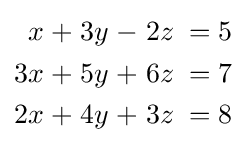
{\begin{alignedat}{7}x&\;+&\;3y&\;-&\;2z&\;=&\;5\\3x&\;+&\;5y&\;+&\;6z&\;=&\;7\\2x&\;+&\;4y&\;+&\;3z&\;=&\;8\end{alignedat}}